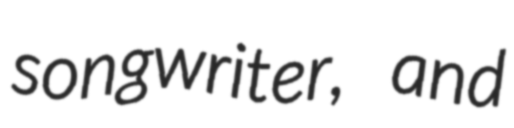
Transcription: songwriter, and